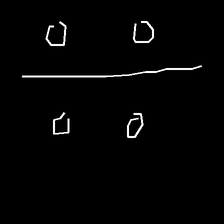
Glyph: cool